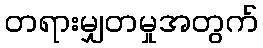
တရားမျှတမှုအတွက်